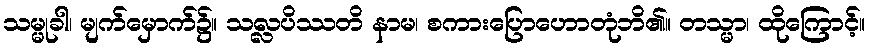
သမ္မုခါ၊ မျက်မှောက်၌။ သလ္လပိဿတိ နာမ၊ စကားပြောဟောတုံဘိ၏။ တသ္မာ၊ ထိုကြောင့်။